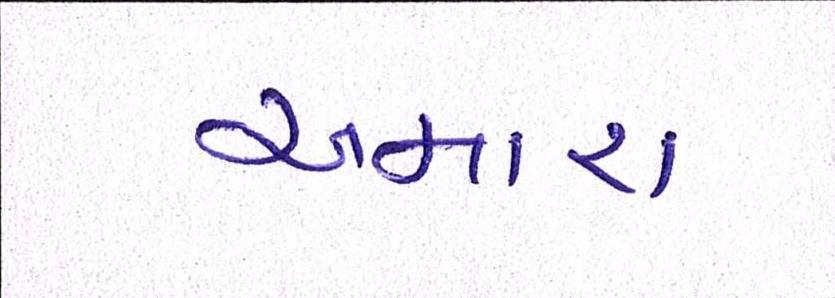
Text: અમારા